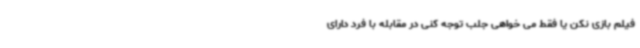
فیلم بازی نکن یا فقط می خواهی جلب توجه کنی در مقابله با فرد دارای